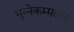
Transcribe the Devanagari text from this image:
भुन्नेकम्मल्ल